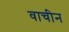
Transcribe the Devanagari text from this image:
वाचीन